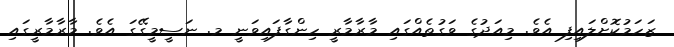
ޒަހަމުކޮށްލައިފި އެވެ. މިއަދުގެ ވަގުތެއްގައި މާރާމާރީ ހިންގާފައިވަނީ މ. ނަސީމީގޭގަ އެވެ. މާރާމާރީގައި